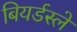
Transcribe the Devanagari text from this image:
बियर्डस्ले